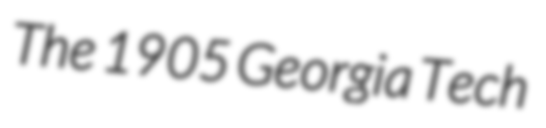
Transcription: The 1905 Georgia Tech